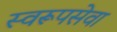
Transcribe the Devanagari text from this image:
स्वरूपसेवा